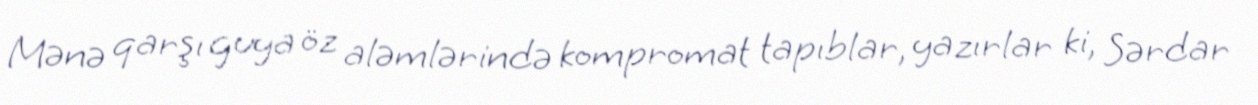
Mənə qarşı guya öz aləmlərində kompromat tapıblar, yazırlar ki, Sərdar